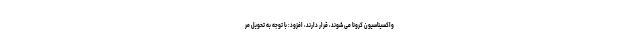
واکسیناسیون کرونا می شوند، قرار دارند، افزود: با توجه به تحویل مر